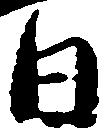
日